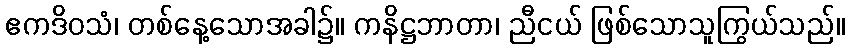
ဧကဒိဝသံ၊ တစ်နေ့သောအခါ၌။ ကနိဋ္ဌဘာတာ၊ ညီငယ် ဖြစ်သောသူကြွယ်သည်။